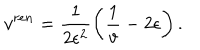
v ^ { r e n } = \frac { 1 } { 2 \epsilon ^ { 2 } } \left( \frac { 1 } { v } - 2 \epsilon \right) .